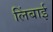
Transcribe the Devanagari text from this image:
लिंबाई